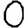
Digit: 0